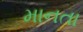
માનતા